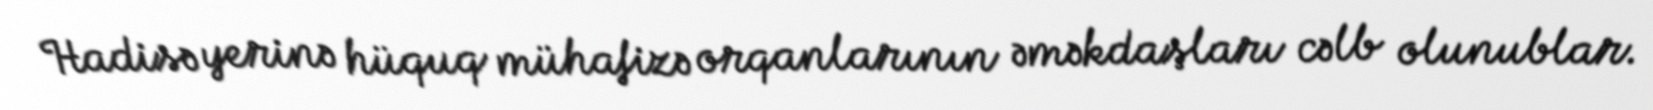
Hadisə yerinə hüquq mühafizə orqanlarının əməkdaşları cəlb olunublar.